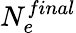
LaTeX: N_{e}^{final}